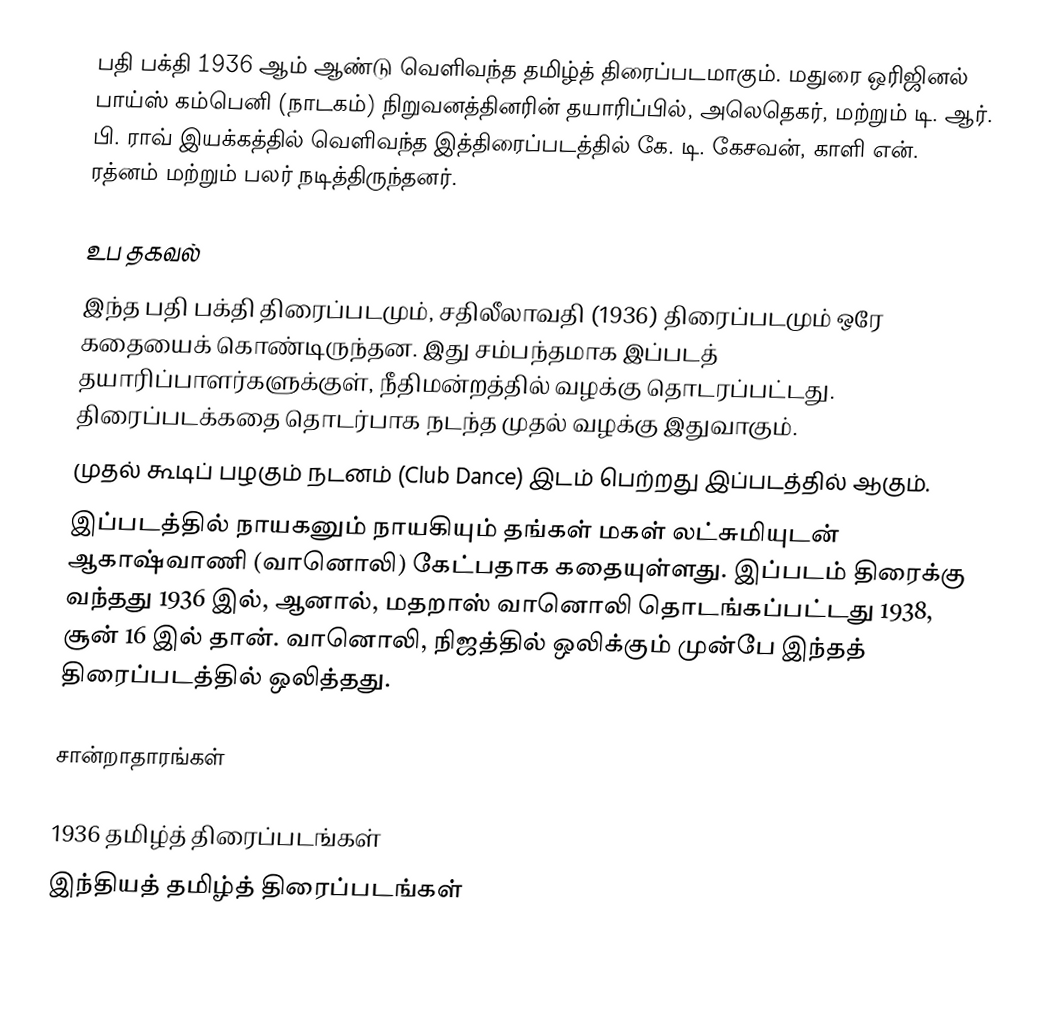
பதி பக்தி 1936 ஆம் ஆண்டு வெளிவந்த தமிழ்த் திரைப்படமாகும். மதுரை ஒரிஜினல் பாய்ஸ் கம்பெனி (நாடகம்) நிறுவனத்தினரின் தயாரிப்பில்,  அலெதெகர், மற்றும் டி. ஆர். பி. ராவ் இயக்கத்தில் வெளிவந்த இத்திரைப்படத்தில் கே. டி. கேசவன், காளி என். ரத்னம் மற்றும் பலர் நடித்திருந்தனர்.

உப தகவல்
 இந்த பதி பக்தி திரைப்படமும், சதிலீலாவதி (1936) திரைப்படமும் ஒரே கதையைக் கொண்டிருந்தன. இது சம்பந்தமாக இப்படத் தயாரிப்பாளர்களுக்குள், நீதிமன்றத்தில் வழக்கு தொடரப்பட்டது. திரைப்படக்கதை தொடர்பாக நடந்த முதல் வழக்கு இதுவாகும்.
 முதல் கூடிப் பழகும் நடனம் (Club  Dance) இடம் பெற்றது இப்படத்தில் ஆகும்.
 இப்படத்தில் நாயகனும் நாயகியும் தங்கள் மகள் லட்சுமியுடன் ஆகாஷ்வாணி (வானொலி) கேட்பதாக கதையுள்ளது. இப்படம் திரைக்கு வந்தது 1936 இல், ஆனால், மதறாஸ் வானொலி தொடங்கப்பட்டது 1938, சூன் 16 இல் தான். வானொலி, நிஜத்தில் ஒலிக்கும் முன்பே இந்தத் திரைப்படத்தில் ஒலித்தது.

சான்றாதாரங்கள்

1936 தமிழ்த் திரைப்படங்கள்
இந்தியத் தமிழ்த் திரைப்படங்கள்